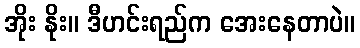
အိုး နိုး။ ဒီဟင်းရည်က အေးနေတာပဲ။